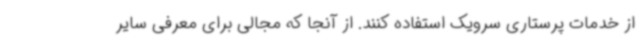
از خدمات پرستاری سرویک استفاده کنند. از آنجا که مجالی برای معرفی سایر